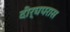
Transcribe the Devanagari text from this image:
दीर्घपरास